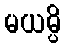
မယမ္ပိ